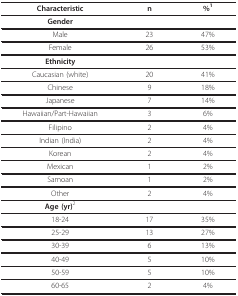
| Characteristic | n | %1 |
 | --- | --- | --- |
 | Gender |  |  |
 | Male | 23 | 47% |
 | Female | 26 | 53% |
 | Ethnicity |  |  |
 | Caucasian (white) | 20 | 41% |
 | Chinese | 9 | 18% |
 | Japanese | 7 | 14% |
 | Hawaiian/Part-Hawaiian | 3 | 6% |
 | Filipino | 2 | 4% |
 | Indian (India) | 2 | 4% |
 | Korean | 2 | 4% |
 | Mexican | 1 | 2% |
 | Samoan | 1 | 2% |
 | Other | 2 | 4% |
 | Age (yr)2 |  |  |
 | 18-24 | 17 | 35% |
 | 25-29 | 13 | 27% |
 | 30-39 | 6 | 13% |
 | 40-49 | 5 | 10% |
 | 50-59 | 5 | 10% |
 | 60-65 | 2 | 4% |